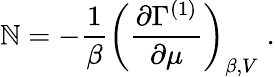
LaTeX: \mathbb{N}=-\frac{{1}}{{\beta}}\left(\frac{{\partial\Gamma^{(1)}}}{{\partial\mu}}\right)_{\beta,V}\; .